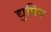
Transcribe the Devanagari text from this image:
द्युपिन